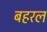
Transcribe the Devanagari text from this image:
बहरल